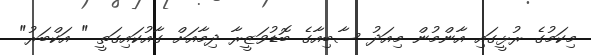
މިކަމުގެ ރުޅީގައި އާންމުން މިއަދު ސާބިއާގެ ބޮޑުވަޒީރާ ދިމާއަށް ގާއުކައިގަތީ " އަކްބަރު"